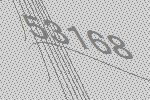
53168